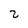
Character: 2